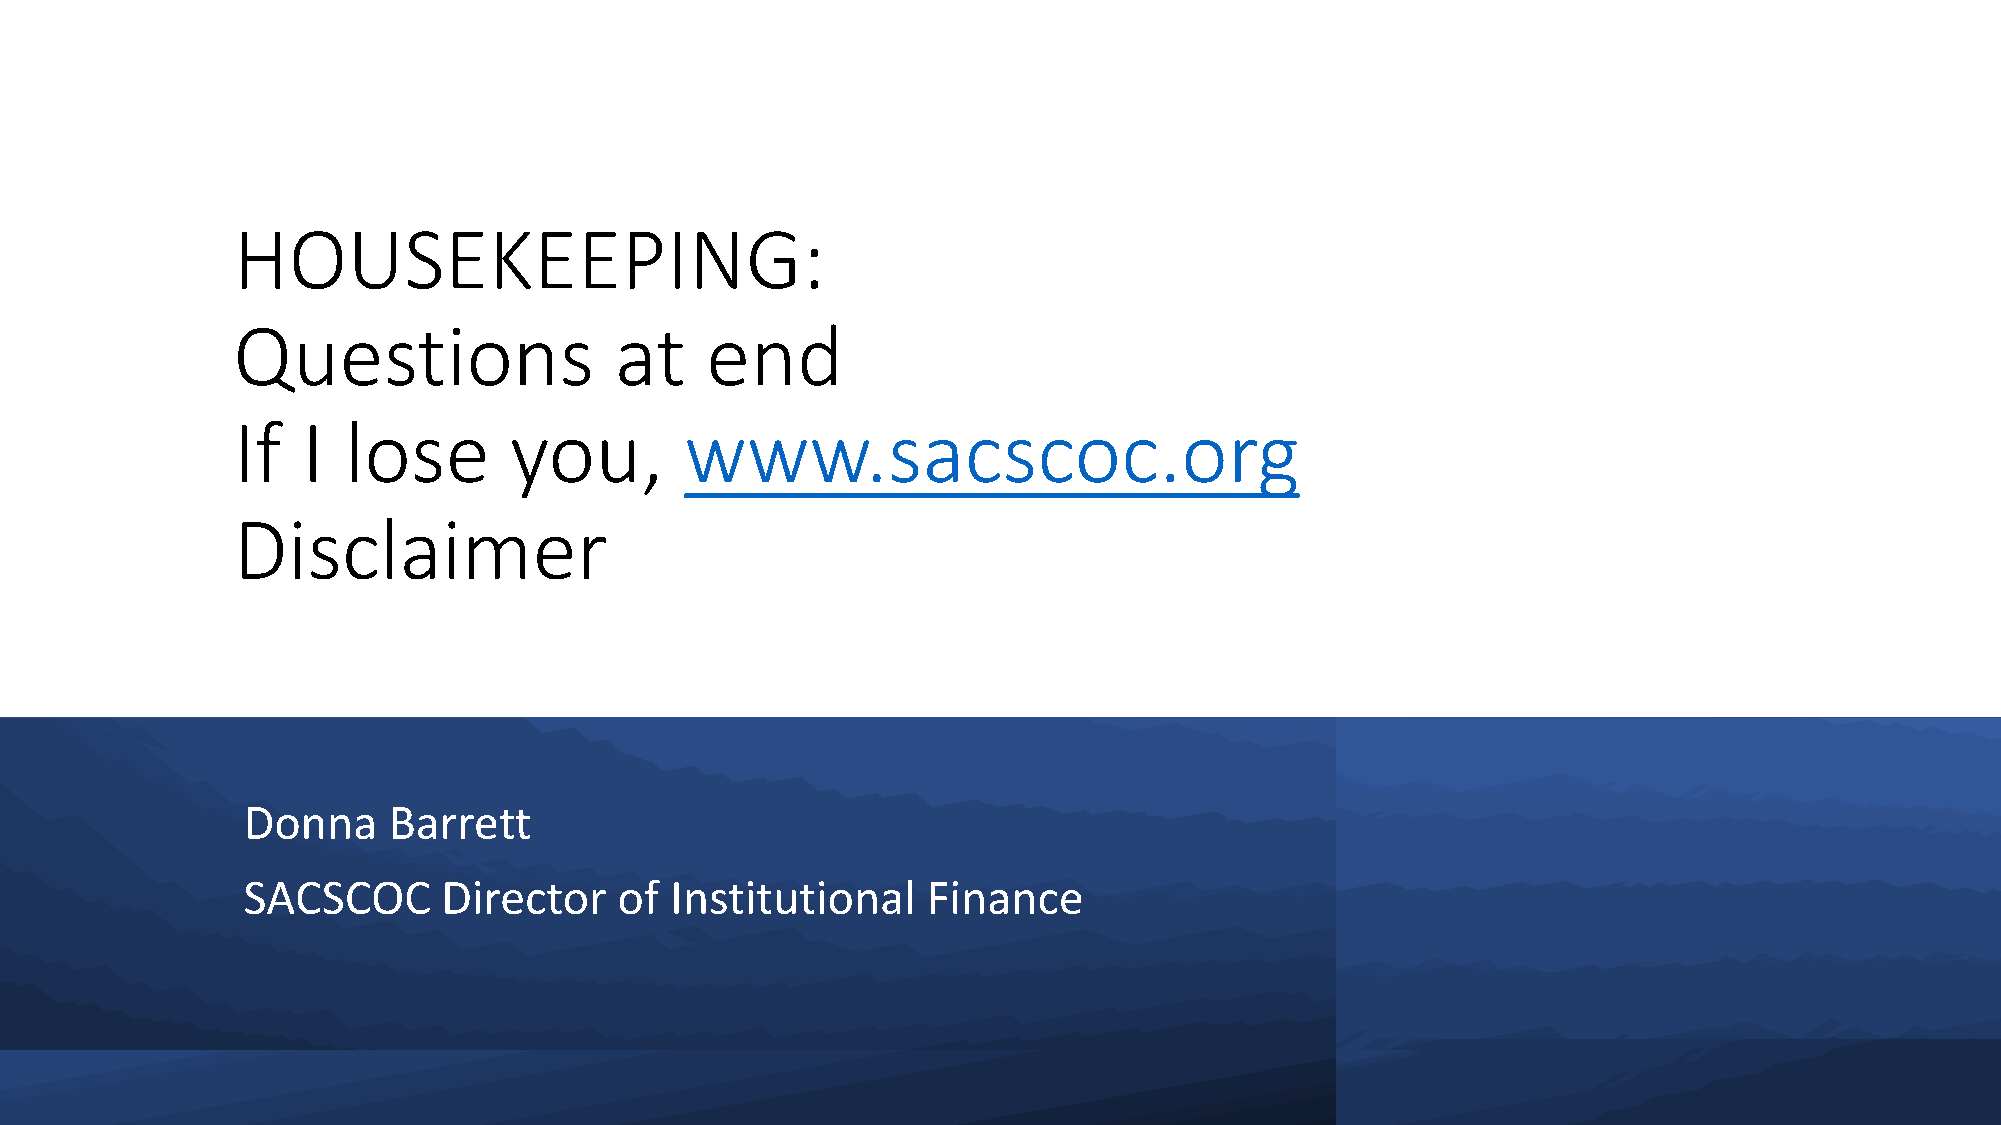
HOUSEKEEPING:
 Questions                 at    end
 If   I  lose       you,       www.sacscoc.org
 Disclaimer
 Donna     Barrett
 SACSCOC      Director    of Institutional    Finance